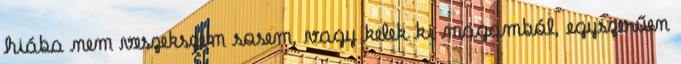
hiába nem veszekszem sosem, vagy kelek ki magamból, egyszerűen